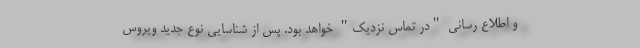
و اطلاع رسانی "در تماس نزدیک" خواهد بود. پس از شناسایی نوع جدید ویروس